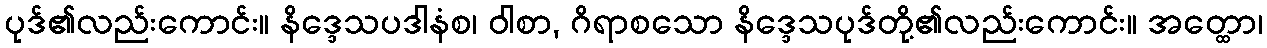
ပုဒ်၏လည်းကောင်း။ နိဒ္ဒေသပဒါနံစ၊ ဝါစာ, ဂိရာစသော နိဒ္ဒေသပုဒ်တို့၏လည်းကောင်း။ အတ္ထော၊